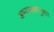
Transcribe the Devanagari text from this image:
अभ्यासकांनुसार